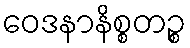
ဝေဒနာနိစ္စတဉ္စ